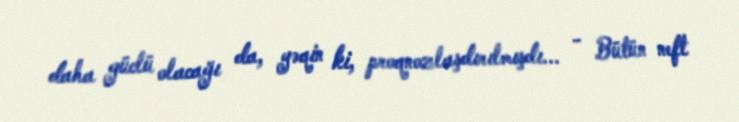
daha güclü olacağı da, yəqin ki, proqnozlaşdırılmışdı... - Bütün neft